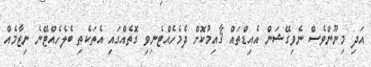
އަދި މިނޫންވެސް ނެވިގޭޝަން އެއިޑްތައް ޤާއިމުކޮށް ދެމެހެއްޓެނިވި ގޮތެއްގައި އެތަކެތި ބެލެހެއްޓޭނެ ނިޒާމެއް